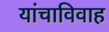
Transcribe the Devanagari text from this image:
यांचाविवाह